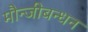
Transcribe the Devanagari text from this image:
मौन्जीबन्धन